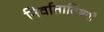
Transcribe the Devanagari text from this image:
निर्वाताविषयी